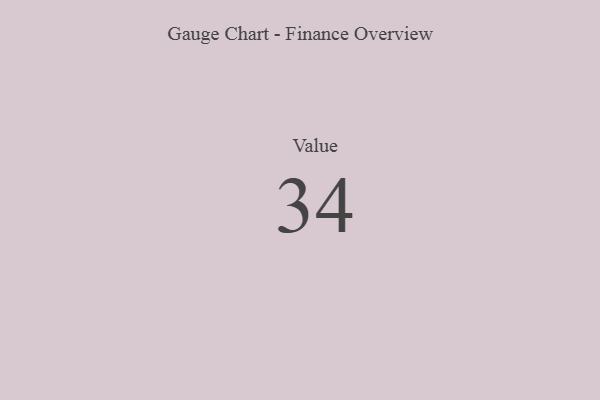
{"axis": {"x": "Metric", "y": "Value"}, "legend": [""], "data": [{"x": "Value", "y": 34, "type": ""}]}